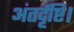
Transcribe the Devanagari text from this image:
अंतर्दृष्टि।